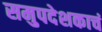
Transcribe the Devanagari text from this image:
समुपदेशकाचं